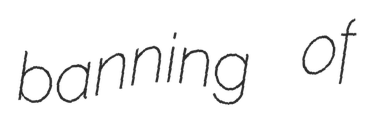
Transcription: banning of